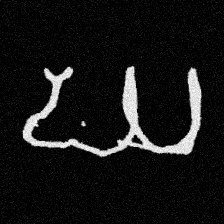
Pyu character \u2014 Myanmar letter: ဃ (romanized: gha)